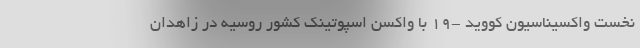
نخست واکسیناسیون کووید -۱۹ با واکسن اسپوتینک کشور روسیه در زاهدان